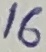
Text: 16